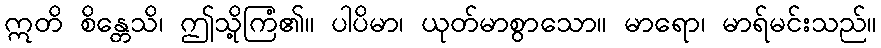
ဣတိ စိန္တေသိ၊ ဤသို့ကြံ၏။ ပါပိမာ၊ ယုတ်မာစွာသော။ မာရော၊ မာရ်မင်းသည်။